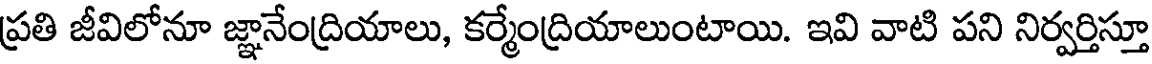
ప్రతి జీవిలోనూ జ్ఞానేంద్రియాలు, కర్మేంద్రియాలుంటాయి. ఇవి వాటి పని నిర్వర్తిస్తూ